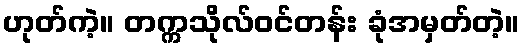
ဟုတ်ကဲ့။ တက္ကသိုလ်ဝင်တန်း ခုံအမှတ်တဲ့။